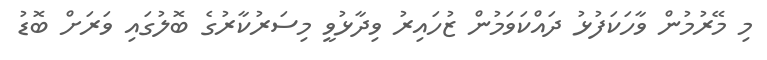
މި މޭރުމުން ވާހަކަފުޅު ދައްކަވަމުން ޒުހައިރު ވިދާޅުވީ މިސަރުކާރުގެ ބޮލުގައި ވަރަށް ބޮޑު